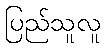
ပြည်သူလူ